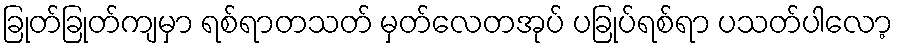
ခြုတ်ခြုတ်ကျမှာ ရစ်ရာတသတ် မှတ်လေတအုပ် ပခြုပ်ရစ်ရာ ပသတ်ပါလော့